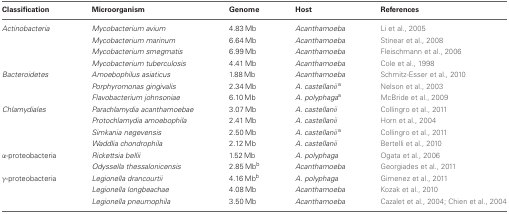
| Classification | Microorganism | Genome | Host | References |
 | --- | --- | --- | --- | --- |
 | Actinobacteria | Mycobacterium avium | 4.83 Mb | Acanthamoeba | Li et al., 2005 |
 |  | Mycobacterium marinum | 6.64 Mb | Acanthamoeba | Stinear et al., 2008 |
 |  | Mycobacterium smegmatis | 6.99 Mb | Acanthamoeba | Fleischmann et al., 2006 |
 |  | Mycobacterium tuberculosis | 4.41 Mb | Acanthamoeba | Cole et al., 1998 |
 | Bacteroidetes | Amoebophilus asiaticus | 1.88 Mb | Acanthamoeba | Schmitz-Esser et al., 2010 |
 |  | Porphyromonas gingivalis | 2.34 Mb | A. castellaniia | Nelson et al., 2003 |
 |  | Flavobacterium johnsoniae | 6.10 Mb | A. polyphagaa | McBride et al., 2009 |
 | Chlamydiales | Parachlamydia acanthamoebae | 3.07 Mb | A. castellanii | Collingro et al., 2011 |
 |  | Protochlamydia amoebophila | 2.41 Mb | A. castellanii | Horn et al., 2004 |
 |  | Simkania negevensis | 2.50 Mb | A. castellaniia | Collingro et al., 2011 |
 |  | Waddlia chondrophila | 2.12 Mb | A. castellanii | Bertelli et al., 2010 |
 | α-proteobacteria | Rickettsia bellii | 1.52 Mb | A. polyphaga | Ogata et al., 2006 |
 |  | Odyssella thessalonicensis | 2.85 Mbb | Acanthamoeba | Georgiades et al., 2011 |
 | γ-proteobacteria | Legionella drancourtii | 4.16 Mbb | A. polyphaga | Gimenez et al., 2011 |
 |  | Legionella longbeachae | 4.08 Mb | Acanthamoeba | Kozak et al., 2010 |
 |  | Legionella pneumophila | 3.50 Mb | Acanthamoeba | Cazalet et al., 2004; Chien et al., 2004 |